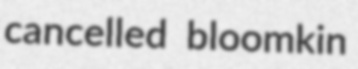
cancelled bloomkin